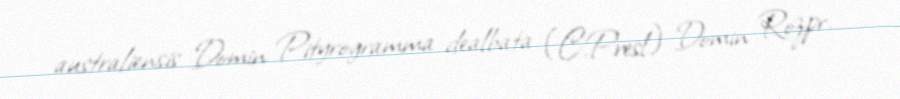
australiensis Domin Pityrogramma dealbata (C.Presl) Domin Rozpr.